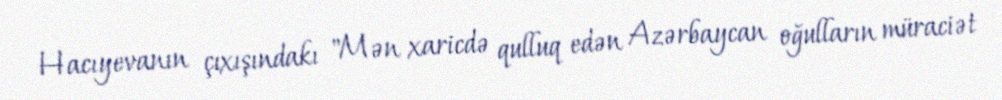
Hacıyevanın çıxışındakı "Mən xaricdə qulluq edən Azərbaycan oğulların müraciət